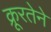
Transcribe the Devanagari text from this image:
क्रूरतेने